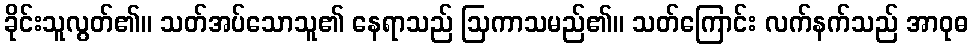
ခိုင်းသူလွတ်၏။ သတ်အပ်သောသူ၏ နေရာသည် ဩကာသမည်၏။ သတ်ကြောင်း လက်နက်သည် အာဝုဓ